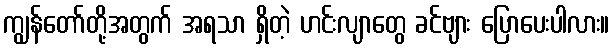
ကျွန်တော်တို့အတွက် အရသာ ရှိတဲ့ ဟင်းလျာတွေ ခင်ဗျား ပြောပေးပါလား။